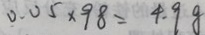
0 . 0 5 \times 9 8 = 4 . 9 g